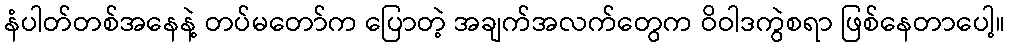
နံပါတ်တစ်အနေနဲ့ တပ်မတော်က ပြောတဲ့ အချက်အလက်တွေက ဝိဝါဒကွဲစရာ ဖြစ်နေတာပေါ့။